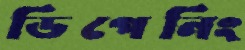
ডিপেনিং